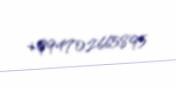
+994702665895